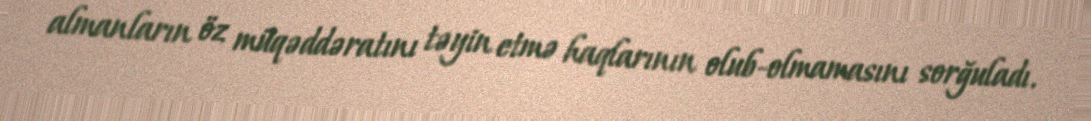
almanların öz müqəddəratını təyin etmə haqlarının olub-olmamasını sorğuladı.